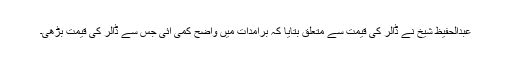
عبدالحفیظ شیخ نے ڈالر کی قیمت سے متعلق بتایا کہ برآمدات میں واضح کمی آئی جس سے ڈالر کی قیمت بڑھی۔